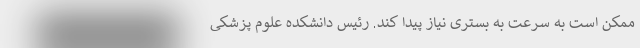
ممکن است به سرعت به بستری نیاز پیدا کند. رئیس دانشکده علوم پزشکی